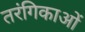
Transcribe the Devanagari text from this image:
तरंगिकाओं